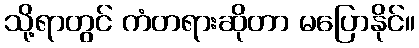
သို့ရာတွင် ကံတရားဆိုတာ မပြောနိုင်။